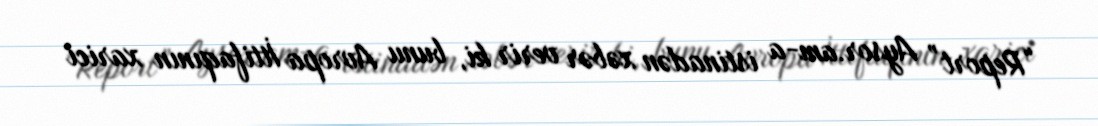
“Report” Aysor.am-a istinadən xəbər verir ki, bunu Avropa İttifaqının xarici